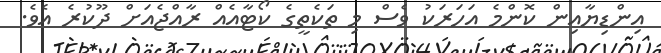
އިންޑިޔާއިން ކޮންމެ އަހަރަކު ވެސް މި ތަކެތީގެ ކޯޓާއެއް ރާއްޖެއަށް ދޫކުރެ އެވެ.